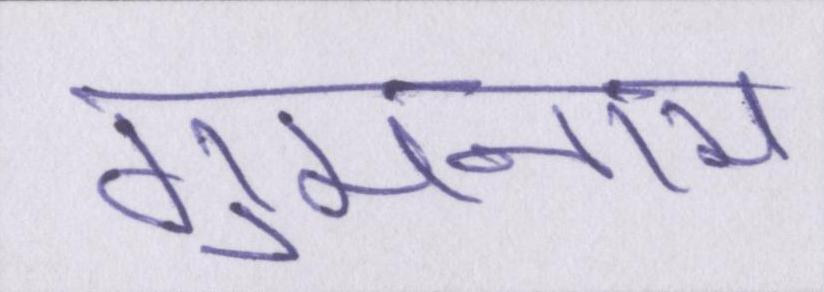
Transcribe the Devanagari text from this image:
गुमनाम